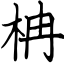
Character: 柟